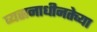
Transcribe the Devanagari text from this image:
व्यसनाधीनतेच्या